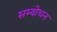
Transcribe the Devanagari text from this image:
सम्वोधन